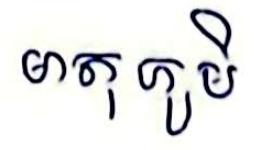
មាតុ ភូមិ